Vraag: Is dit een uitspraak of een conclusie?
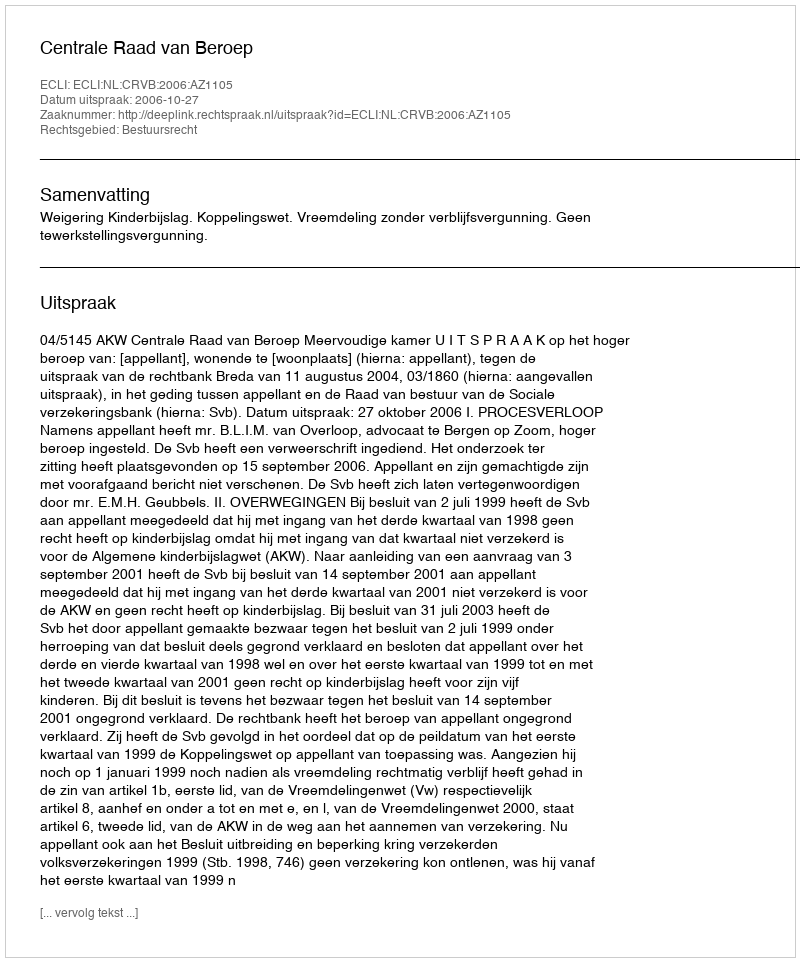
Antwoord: Uitspraak